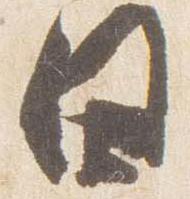
日